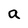
Character: a